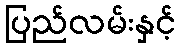
ပြည်လမ်းနှင့်